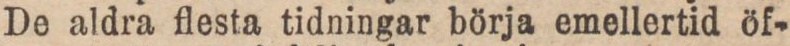
De aldra flesta tidningar börja emellertid öf-